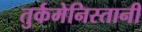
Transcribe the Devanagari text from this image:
तुर्कमेनिस्तानी